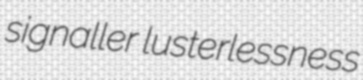
signaller lusterlessness